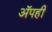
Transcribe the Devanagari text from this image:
अॅपही